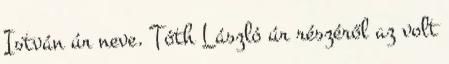
István úr neve. Tóth László úr részéről az volt